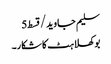
سلیم جاوید/قسط5
بوکھلاہٹ کا شکار۔